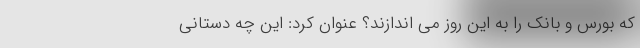
که بورس و بانک را به این روز می اندازند؟ عنوان کرد: این چه دستانی